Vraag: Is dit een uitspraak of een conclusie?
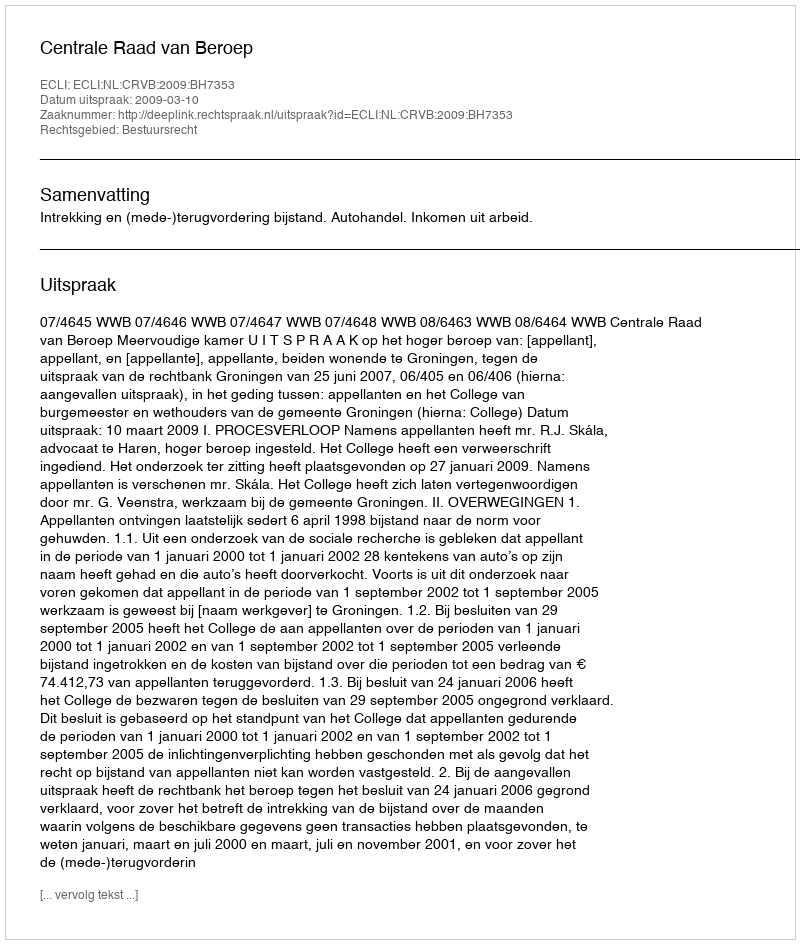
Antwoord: Uitspraak